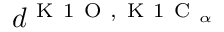
d ^ { \mathrm { ~ K ~ 1 ~ O ~ } , \mathrm { ~ K ~ 1 ~ C ~ } _ { \alpha } }